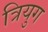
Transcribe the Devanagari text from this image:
त्रियुग